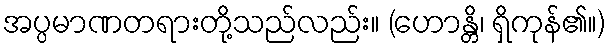
အပ္ပမာဏတရားတို့သည်လည်း။ (ဟောန္တိ၊ ရှိကုန်၏။)